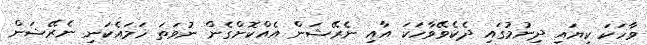
ވާހަކަ ކިޔައި ދިނުމުގައި ދެކެވޭވާހަކަ އާއި ނެރޭޝަން އެއްކޮށްގެން ނުވަތަ ހަމައެކަނި ނެރޭޝަން